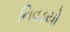
નિવડયો